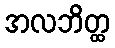
အလဘိတ္ထ